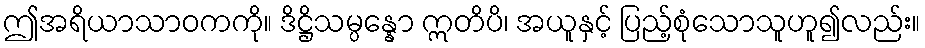
ဤအရိယာသာဝကကို။ ဒိဋ္ဌိသမ္ပန္နော ဣတိပိ၊ အယူနှင့် ပြည့်စုံသောသူဟူ၍လည်း။